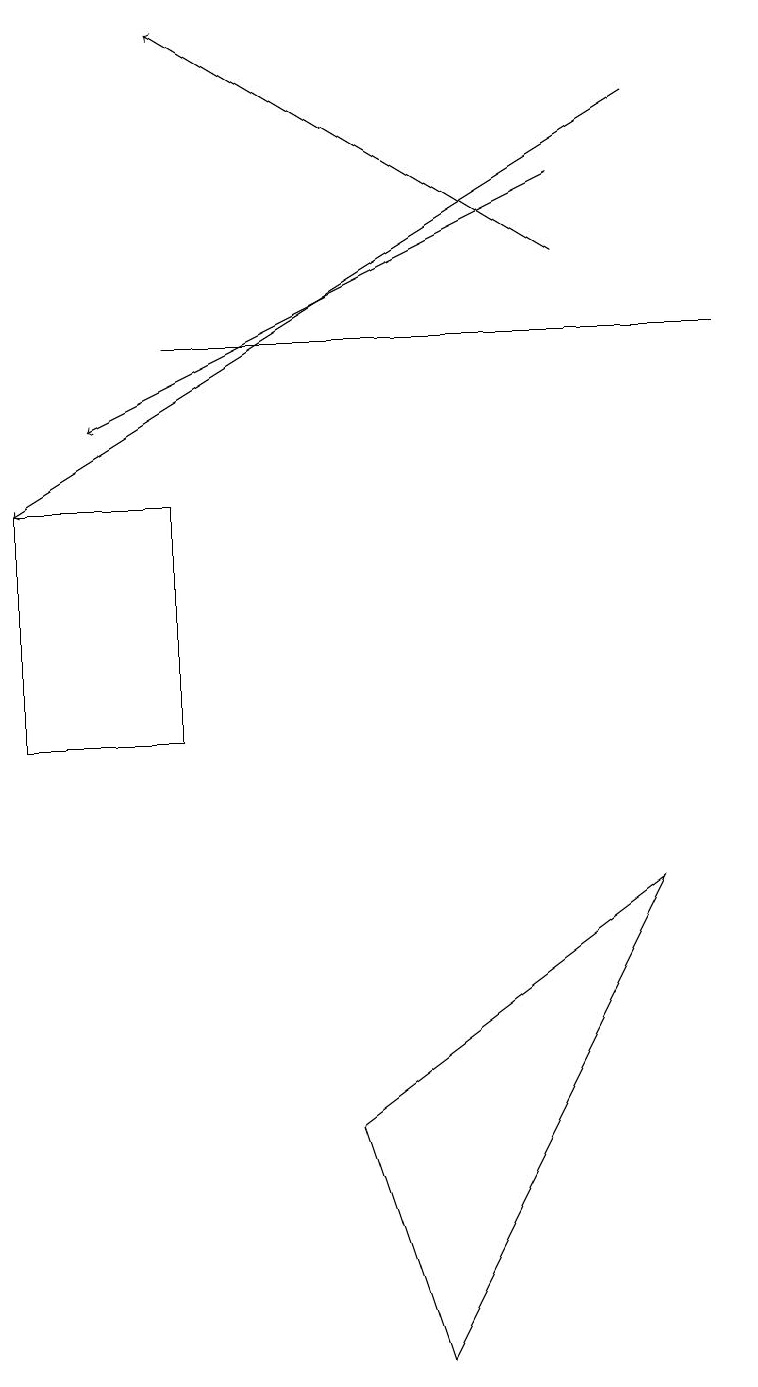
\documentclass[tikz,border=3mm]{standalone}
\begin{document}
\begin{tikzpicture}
\draw[->] (8,18) -- (0,13);
\draw (8,8) -- (4,5) -- (5,2) -- cycle;
\draw[->] (7,17) -- (1,14);
\draw (2,13) rectangle (0,10);
\draw (9,15) rectangle (2,15);
\draw[->] (7,16) -- (2,19);
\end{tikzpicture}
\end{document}